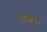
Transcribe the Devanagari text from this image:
एस्क्रिपेत